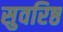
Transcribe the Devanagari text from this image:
सुवरिष्ठ